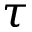
\tau